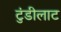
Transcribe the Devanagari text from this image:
टुंडीलाट